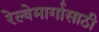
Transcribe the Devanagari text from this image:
रेल्वेमार्गासाठी